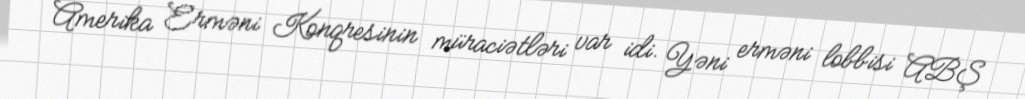
Amerika Erməni Konqresinin müraciətləri var idi. Yəni erməni lobbisi ABŞ